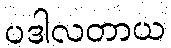
ပဒါလတာယ